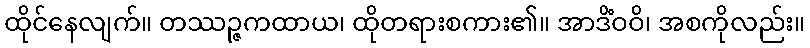
ထိုင်နေလျက်။ တဿဉ္ဇကထာယ၊ ထိုတရားစကား၏။ အာဒိံဝဝိ၊ အစကိုလည်း။